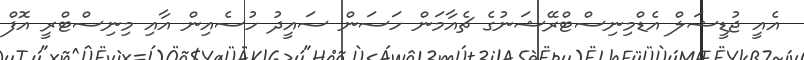
އެއީ ޖުޑީޝަލް އެޑްމިނިސްޓްރޭޝަނުގެ ޗެއާމަން ހަސަން ސައީދު ހުސެއިން އާއި މިނިސްޓްރީ އޮފް